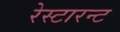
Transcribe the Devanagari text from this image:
रेस्टारन्ट